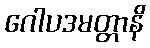
ဂေါပဒမတ္တာနိ